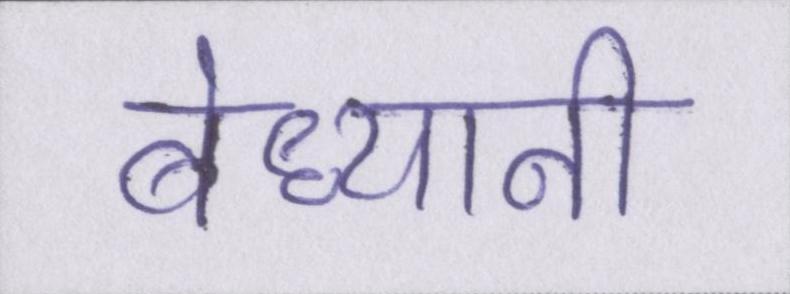
बेध्यानी